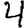
Digit: 4